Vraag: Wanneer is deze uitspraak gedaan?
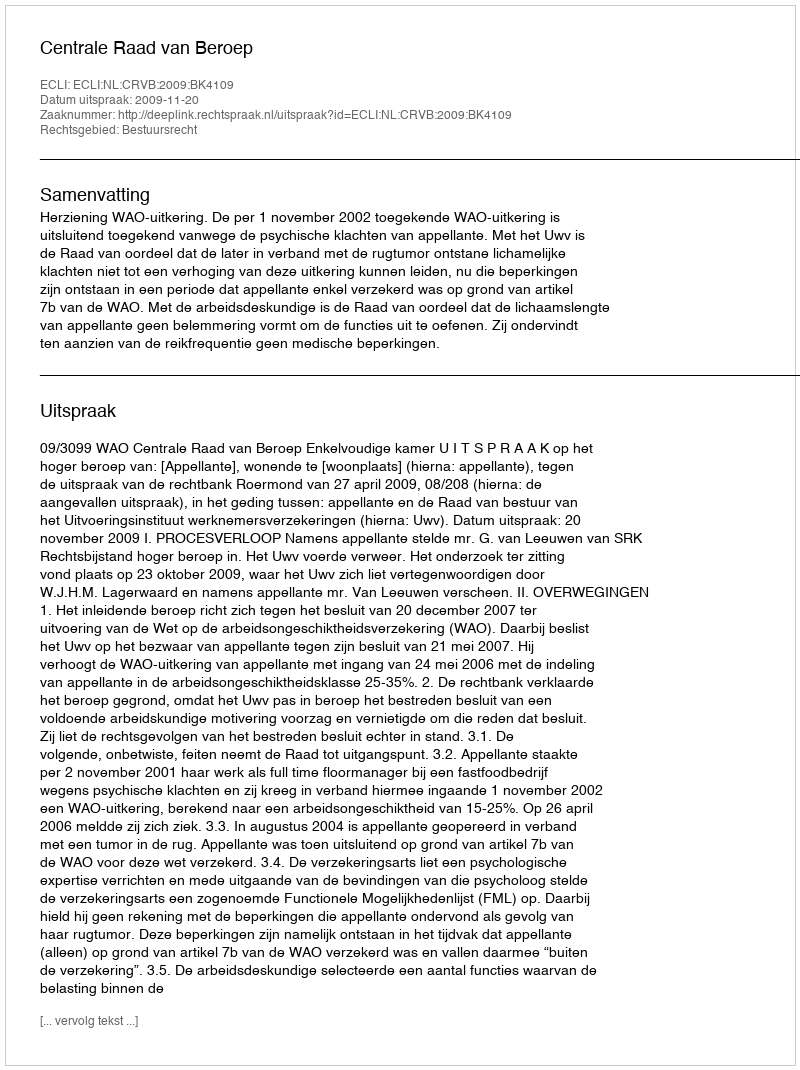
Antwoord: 2009-11-20